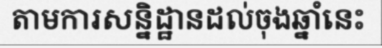
តាមការសន្និដ្ឋានដល់ចុងឆ្នាំនេះ